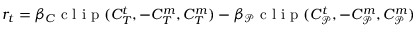
r _ { t } = \beta _ { C } \mathrm { ~ c ~ l ~ i ~ p ~ } ( C _ { T } ^ { t } , - C _ { T } ^ { m } , C _ { T } ^ { m } ) - \beta _ { \mathcal { P } } \mathrm { ~ c ~ l ~ i ~ p ~ } ( C _ { \mathcal { P } } ^ { t } , - C _ { \mathcal { P } } ^ { m } , C _ { \mathcal { P } } ^ { m } )